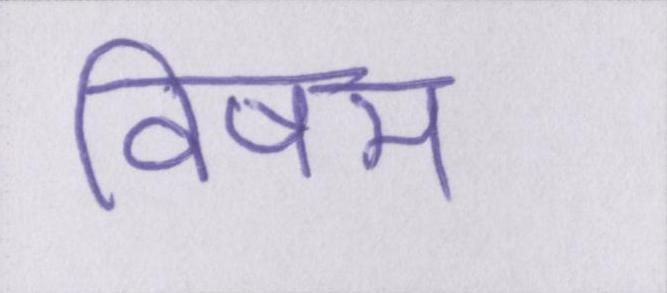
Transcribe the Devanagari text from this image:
विषम